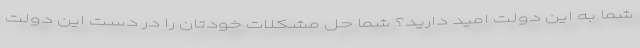
شما به این دولت امید دارید؟ شما حل مشکلات خودتان را در دست این دولت